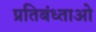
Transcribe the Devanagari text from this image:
प्रतिबंध्ताओ